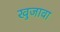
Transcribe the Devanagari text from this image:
खुजावा